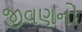
જીવણનો